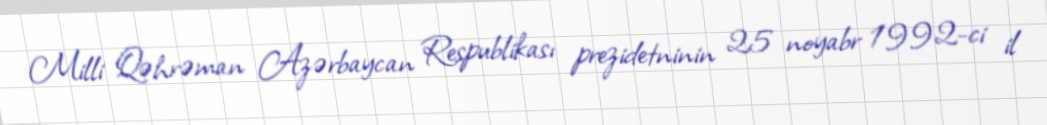
Milli Qəhrəman Azərbaycan Respublikası prezidetninin 25 noyabr 1992-ci il